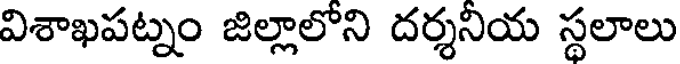
విశాఖపట్నం జిల్లాలోని దర్శనియ స్థలాలు